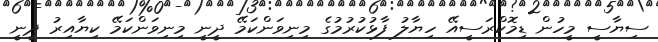
ސިޔާސީ މީހުން ޑިމޮކްރަސީއޭ ހިޔާލު ފާޅުކުރުމުގެ މިނިވަންކަމޭ ދީނީ މިނިވަންކަމޭ ކިޔާއިރު ދީނީ